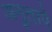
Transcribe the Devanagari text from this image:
अनुतापे